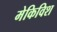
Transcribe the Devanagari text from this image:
मेकिविश